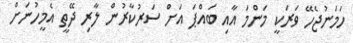
ހަމަނުޖެހޭ ވަރަކީ މަންމަ އާއި ބައްޕަ އަށް ސަރުކާރުން ލާރި ދޭތީ އެމީހުނަށް